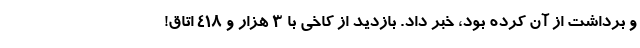
و برداشت از آن کرده بود، خبر داد. بازدید از کاخی با 3 هزار و 418 اتاق!